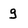
Character: g